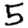
Digit: 5